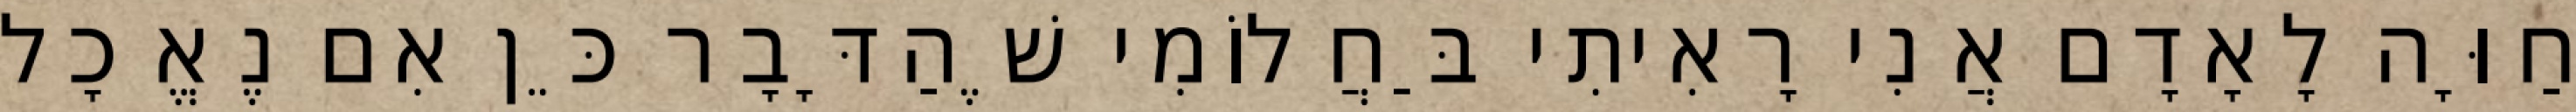
חַוָּה לָאָדָם אֲנִי רָאִיתִי בַּחֲלוֹמִי שֶׁהַדָּבָר כֵּן אִם נֶאֱכָל